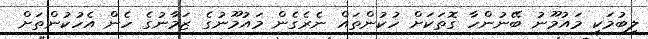
ލިބުމަކީ މައުމޫނު ބޭނުންހާ ގޮތަކަށް ހުކުންތައް ނެރެގެން މައުމޫނުގެ ޒަމާނުގެ ހެން އެހުކުންތަށް